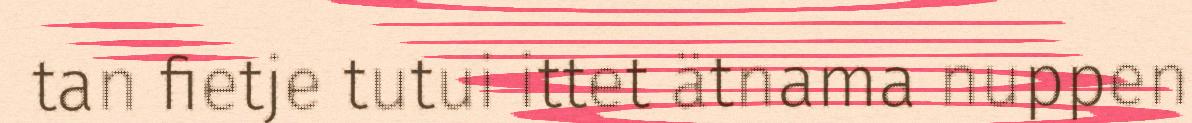
tan fietje tutui ittet ätnama nuppen